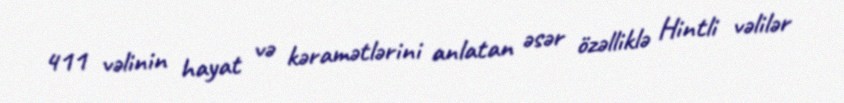
411 vəlinin hayat və kəramətlərini anlatan əsər özəlliklə Hintli vəlilər